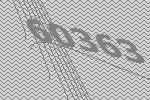
60363